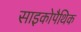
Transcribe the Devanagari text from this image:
साइकोपैथिक